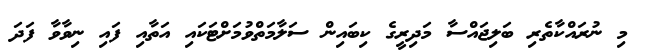
މި ނުރައްކާތެރި ބަލިޖައްސާ މަދިރީގެ ކިބައިން ސަލާމަތްވުމަށްޓަކައި އަތާއި ފައި ނިވާވާ ފަދަ